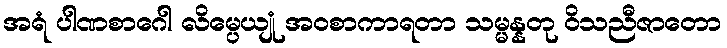
အရံ ပါဏစာဂေါ လိမ္ပေယျုံ အဝစာကာရတာ သမ္မန္နတု ဝိသညီဇာတော